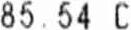
85.54 C